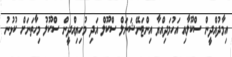
އިމާދުއްދީން ސްކޫލާއި އަހުމަދިއްޔާ އިންޓަނޭޝަނަލް ސްކޫލް އަދި މުހިޔިއްދީން ސްކޫލު މިހާތަނަށް ކުޅުނު